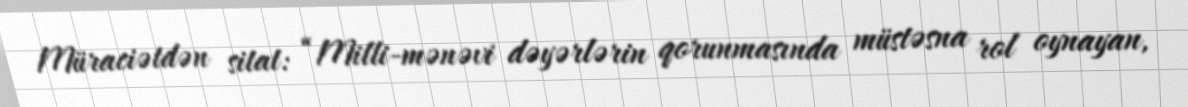
Müraciətdən sitat: “Milli-mənəvi dəyərlərin qorunmasında müstəsna rol oynayan,